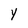
Character: Y